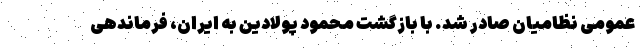
عمومی نظامیان صادر شد. با بازگشت محمود پولادین به ایران، فرماندهى